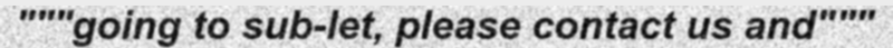
"""going to sub-let, please contact us and"""